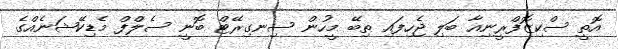
އޮތީ ސްކިޒޮފްރީނިއާ ބަލި ޖެހިފައި ތިބޭ މީހުން ސިނގިރޭޓް ބޮނީ ސެލްފް މެޑިކޭޝަނެއްގެ